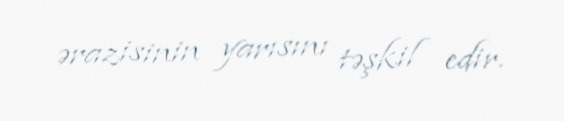
ərazisinin yarısını təşkil edir.